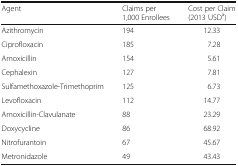
<table><thead><tr><td><b>Agent</b></td><td><b>Claims per 1,000 Enrollees</b></td><td><b>Cost per Claim (2013 USD<sup>a</sup>)</b></td></tr></thead><tbody><tr><td>Azithromycin</td><td>194</td><td>12.33</td></tr><tr><td>Ciprofloxacin</td><td>185</td><td>7.28</td></tr><tr><td>Amoxicillin</td><td>154</td><td>5.61</td></tr><tr><td>Cephalexin</td><td>127</td><td>7.81</td></tr><tr><td>Sulfamethoxazole-Trimethoprim</td><td>125</td><td>6.73</td></tr><tr><td>Levofloxacin</td><td>112</td><td>14.77</td></tr><tr><td>Amoxicillin-Clavulanate</td><td>88</td><td>23.29</td></tr><tr><td>Doxycycline</td><td>86</td><td>68.92</td></tr><tr><td>Nitrofurantoin</td><td>67</td><td>45.67</td></tr><tr><td>Metronidazole</td><td>49</td><td>43.43</td></tr></tbody></table>